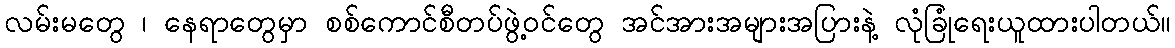
လမ်းမတွေ ၊ နေရာတွေမှာ စစ်ကောင်စီတပ်ဖွဲ့ဝင်တွေ အင်အားအများအပြားနဲ့ လုံခြုံရေးယူထားပါတယ်။